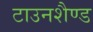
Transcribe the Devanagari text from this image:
टाउनशैण्ड